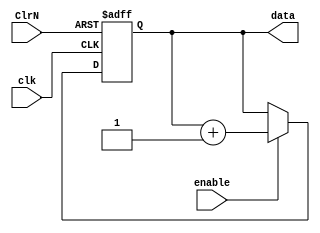
module Binary_Up_Counter(clk, enable, ClrN ,data);

input clk, enable, ClrN;
output reg [3:0] data;

initial begin
  data = 4'b0000;
end


always @ (posedge clk or negedge ClrN) begin
  if(ClrN == 0)
    data <= 4'b0000;
  else if (enable)
    data <= data + 1;
end


endmodule